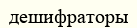
дешифраторы